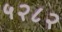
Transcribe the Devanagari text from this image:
५२८२